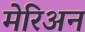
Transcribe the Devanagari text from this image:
मेरिअन